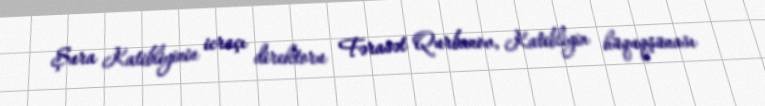
Şura Katibliyinin icraçı direktoru Fərasət Qurbanov, Katibliyin hüquqşünası